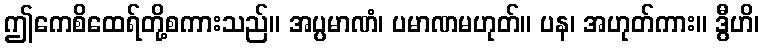
ဤကေစိထေရ်တို့စကားသည်။ အပ္ပမာဏံ၊ ပမာဏမဟုတ်။ ပန၊ အဟုတ်ကား။ ဒွီဟိ၊